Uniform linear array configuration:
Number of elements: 4
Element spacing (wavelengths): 0.75
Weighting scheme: hamming
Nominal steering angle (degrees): -60
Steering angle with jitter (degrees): -59.377
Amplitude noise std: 0.05
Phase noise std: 0.05

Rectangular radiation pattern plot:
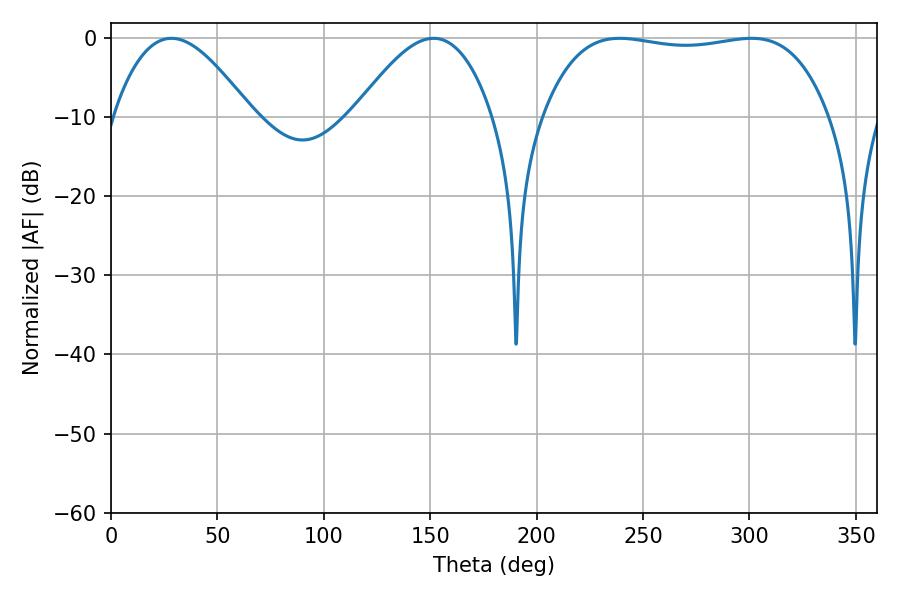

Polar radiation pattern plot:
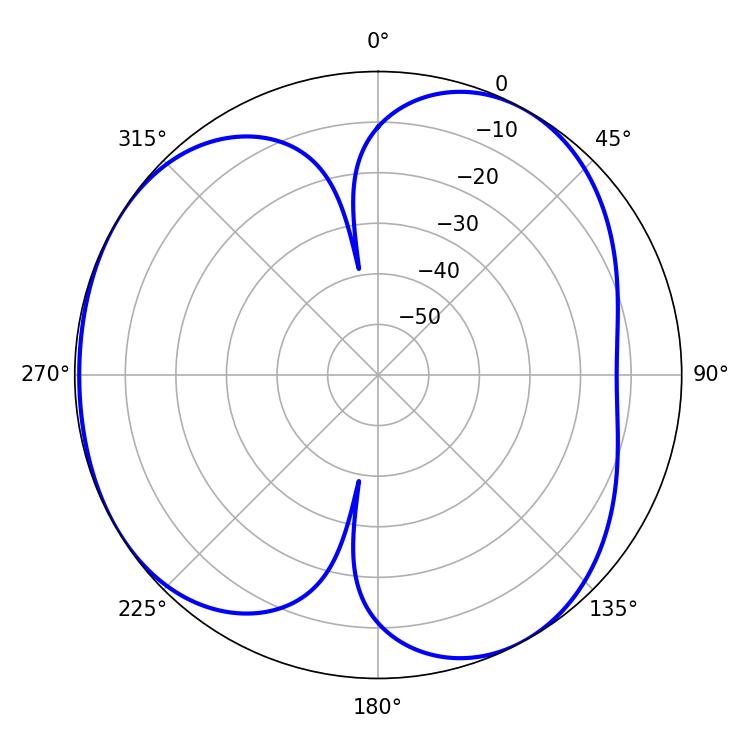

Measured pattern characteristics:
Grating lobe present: TRUE
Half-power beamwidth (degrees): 106.92
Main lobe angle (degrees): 239.04